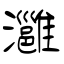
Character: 灉